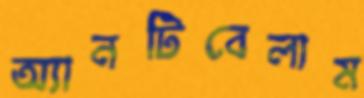
অ্যানটিবেলাম